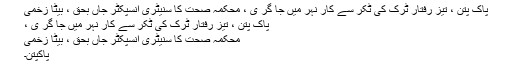
پاک پتن ، تیز رفتار ٹرک کی ٹکر سے کار نہر میں جا گر ی ، محکمہ صحت کا سنیٹری انسپکٹر جاں بحق ، بیٹا زخمی
پاک پتن ، تیز رفتار ٹرک کی ٹکر سے کار نہر میں جا گر ی ،
محکمہ صحت کا سنیٹری انسپکٹر جاں بحق ، بیٹا زخمی
پاکپتن۔